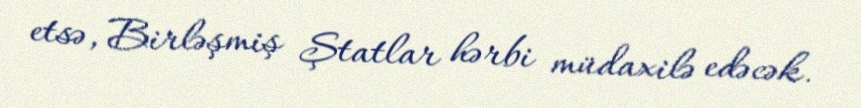
etsə, Birləşmiş Ştatlar hərbi müdaxilə edəcək.